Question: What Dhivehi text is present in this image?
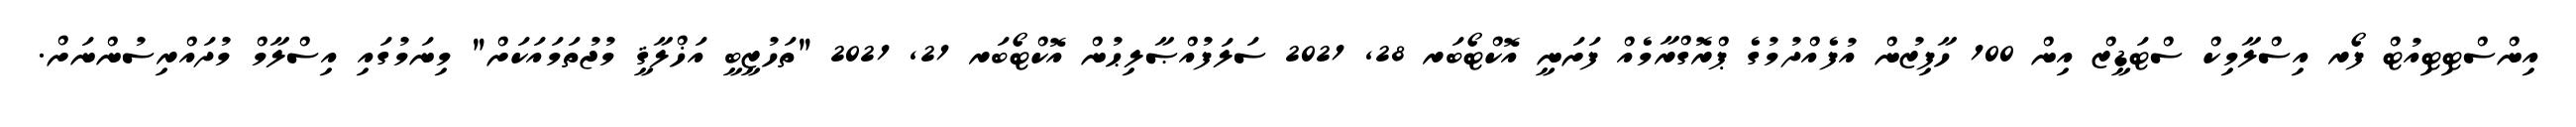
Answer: އިންސްޓިޓިއުޓް ފޯރ އިސްލާމިކް ސްޓަޑީޒް އިން 100 ހާފިޒުން އުފެއްދުމުގެ ޕްރޮގްރާމެއް ފަށަނީ އޮކްޓޯބަރ 28, 2021 ސަލަފުއްޞާލިޙުން އޮކްޓޯބަރ 21, 2021 "ތަހުޒީބީ އަޚްލާޤީ މުޖުތަމައަކަށް" މިނަމުގައި އިސްލާމް މުދައްރިސުންނަށް.